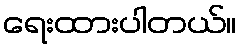
ရေးထားပါတယ်။